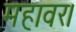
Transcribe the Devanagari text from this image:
महावर।